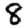
Digit: 8